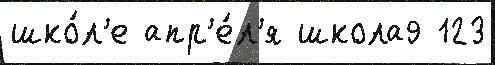
шко́л'е апр'е́л'я школа9 123